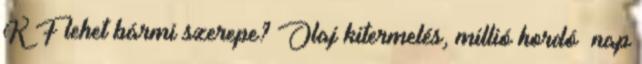
K F lehet bármi szerepe? Olaj kitermelés, millió hordó nap